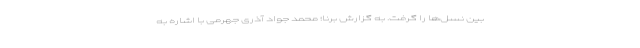
بین نسل‌ها را گرفت. به گزارش برنا؛ محمد جواد آذری جهرمی با اشاره به